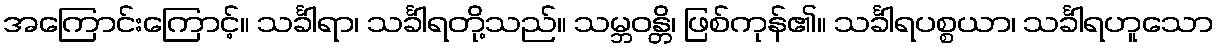
အကြောင်းကြောင့်။ သင်္ခါရာ၊ သင်္ခါရတို့သည်။ သမ္ဘဝန္တိ၊ ဖြစ်ကုန်၏။ သင်္ခါရပစ္စယာ၊ သင်္ခါရဟူသော